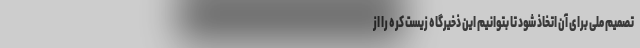
تصمیم ملی برای آن اتخاذ شود تا بتوانیم این ذخیرگاه زیست کره را از